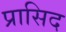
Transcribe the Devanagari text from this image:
प्रासिद